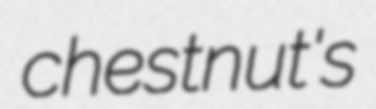
chestnut's